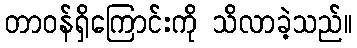
တာဝန်ရှိကြောင်းကို သိလာခဲ့သည်။